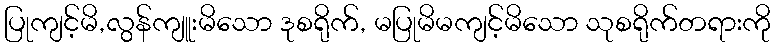
ပြုကျင့်မိ,လွန်ကျူးမိသော ဒုစရိုက်, မပြုမိမကျင့်မိသော သုစရိုက်တရားကို